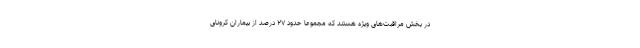
در بخش مراقبت‌های ویژه هستند که مجموعا حدود ۲۷ درصد از بیماران کرونای